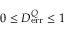
0 \le { \cal D } _ { \mathrm { e r r } } ^ { Q } \le 1